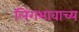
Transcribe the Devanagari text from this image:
लिंगभावाच्य